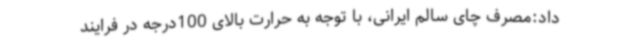
داد:مصرف چای سالم ایرانی، با توجه به حرارت بالای 100درجه در فرایند